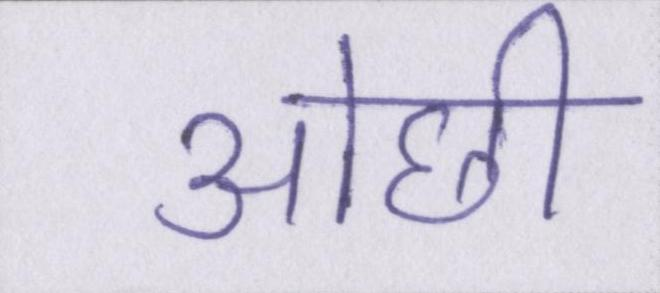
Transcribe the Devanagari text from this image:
ओछी